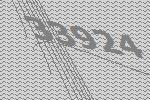
33924